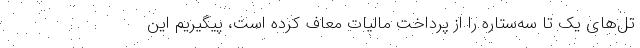
تل‌های یک تا سه‌ستاره را از پرداخت مالیات معاف کرده است، پیگیریم این